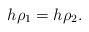
LaTeX: \begin{gather*}h\rho_1 = h\rho_2.\end{gather*}